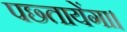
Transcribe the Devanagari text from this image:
पछ्तायेंगा।